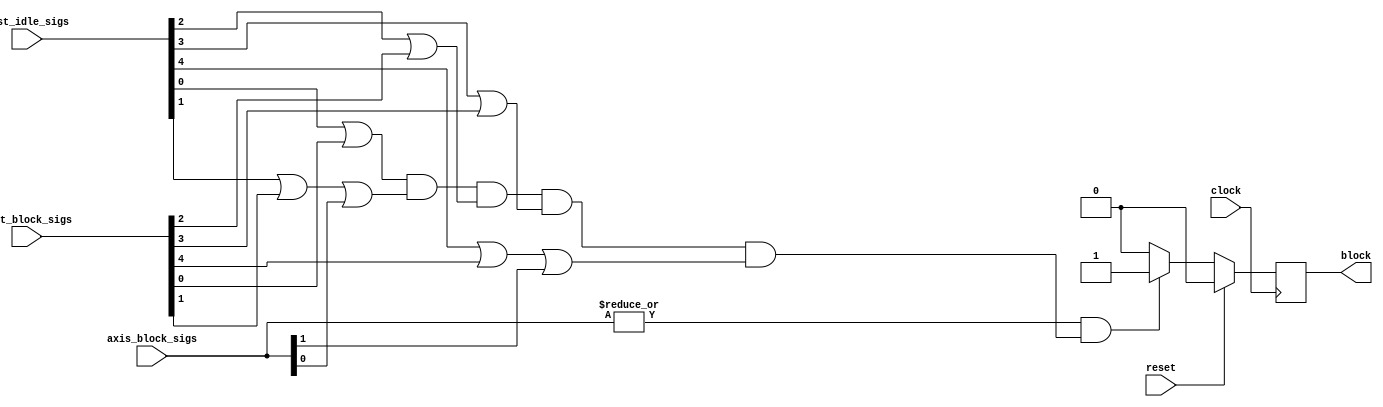
`timescale 1 ns / 1 ps

module userdma_hls_deadlock_idx0_monitor ( // for module userdma_userdma_inst
    input wire clock,
    input wire reset,
    input wire [1:0] axis_block_sigs,
    input wire [9:0] inst_idle_sigs,
    input wire [4:0] inst_block_sigs,
    output wire block
);

// signal declare
reg monitor_find_block;
wire idx1_block;
wire idx3_block;
wire [4:0] process_idle_vec;
wire [4:0] process_chan_block_vec;
wire [4:0] process_axis_block_vec;
wire df_has_axis_block;
wire all_process_stop;

assign block = monitor_find_block;
assign idx1_block = axis_block_sigs[0];
assign idx3_block = axis_block_sigs[1];
assign process_axis_block_vec[0] = 1'b0;
assign process_idle_vec[0] = inst_idle_sigs[0];
assign process_chan_block_vec[0] = inst_block_sigs[0];
assign process_axis_block_vec[1] = idx1_block & (1'b0 | axis_block_sigs[0]);
assign process_idle_vec[1] = inst_idle_sigs[1];
assign process_chan_block_vec[1] = inst_block_sigs[1];
assign process_axis_block_vec[2] = 1'b0;
assign process_idle_vec[2] = inst_idle_sigs[2];
assign process_chan_block_vec[2] = inst_block_sigs[2];
assign process_axis_block_vec[3] = 1'b0;
assign process_idle_vec[3] = inst_idle_sigs[3];
assign process_chan_block_vec[3] = inst_block_sigs[3];
assign process_axis_block_vec[4] = idx3_block & (1'b0 | axis_block_sigs[1]);
assign process_idle_vec[4] = inst_idle_sigs[4];
assign process_chan_block_vec[4] = inst_block_sigs[4];
assign df_has_axis_block = |{process_axis_block_vec};
assign all_process_stop = (process_idle_vec[0] | process_chan_block_vec[0] | process_axis_block_vec[0]) & (process_idle_vec[1] | process_chan_block_vec[1] | process_axis_block_vec[1]) & (process_idle_vec[2] | process_chan_block_vec[2] | process_axis_block_vec[2]) & (process_idle_vec[3] | process_chan_block_vec[3] | process_axis_block_vec[3]) & (process_idle_vec[4] | process_chan_block_vec[4] | process_axis_block_vec[4]);

always @(posedge clock) begin
    if (reset == 1'b1)
        monitor_find_block <= 1'b0;
    else if (df_has_axis_block == 1'b1 && all_process_stop == 1'b1)
        monitor_find_block <= 1'b1;
    else
        monitor_find_block <= 1'b0;
end


// instant sub module
endmodule